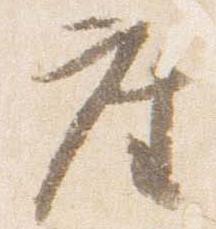
座